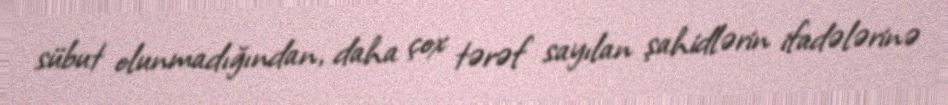
sübut olunmadığından, daha çox tərəf sayılan şahidlərin ifadələrinə